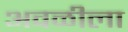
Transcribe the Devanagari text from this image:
अवळीला